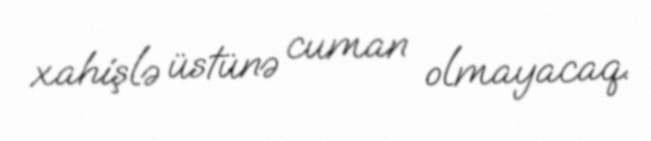
xahişlə üstünə cuman olmayacaq.